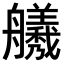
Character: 𫇣